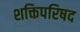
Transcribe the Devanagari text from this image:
शक्तिपरिषद